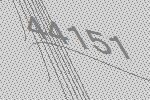
44151